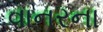
વાનરના